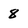
Character: 8